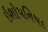
ઇશોપનિષદ